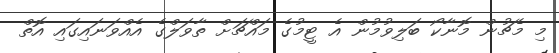
މި މެޗުން މޮނާކޯ ބަލިވުމުން އެ ޓީމުގެ މައްޗަށް ތާވަލްގެ އެއްވަނައިގައި އޮތް